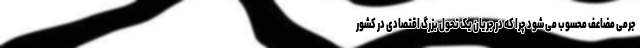
جرمی مضاعف محسوب می شود چرا که در جریان یک تحول بزرگ اقتصادی در کشور